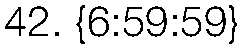
42. {6:59:59}